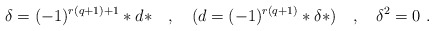
\begin{align*}\delta=(-1)^{r(q+1)+1} * d *\quad, \quad(d = (-1)^{r(q+1)} * \delta *) \quad,\quad \delta^2=0\, \, .\end{align*}